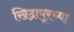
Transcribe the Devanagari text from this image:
खिद्रापूरच्या